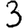
Digit: 3